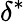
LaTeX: \delta^{*}